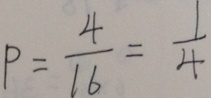
P = \frac { 4 } { 1 6 } = \frac { 1 } { 4 }